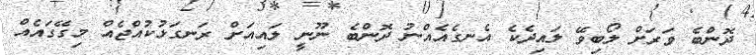
ދޮންބެ ވަރަށް ލޯބިވޭ ލައިދެކެ އެނގެއެއްނު ދޮންބެ ނޫނީ ލައިއަށް ރަނގަޅުކުއްޖެއް މިގޭގައެއް